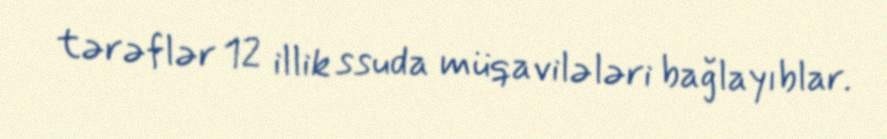
tərəflər 12 illik ssuda müqavilələri bağlayıblar.